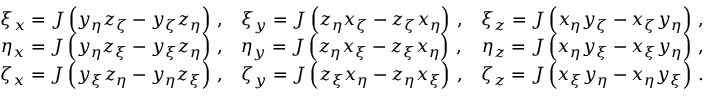
\begin{array} { r l r } { { \xi _ { x } = J \left( y _ { \eta } z _ { \zeta } - y _ { \zeta } z _ { \eta } \right) \, \mathrm { , } } } & { { \xi _ { y } = J \left( z _ { \eta } x _ { \zeta } - z _ { \zeta } x _ { \eta } \right) \, \mathrm { , } } } & { { \xi _ { z } = J \left( x _ { \eta } y _ { \zeta } - x _ { \zeta } y _ { \eta } \right) \, \mathrm { , } } } \\ { { \eta _ { x } = J \left( y _ { \eta } z _ { \xi } - y _ { \xi } z _ { \eta } \right) \, \mathrm { , } } } & { { \eta _ { y } = J \left( z _ { \eta } x _ { \xi } - z _ { \xi } x _ { \eta } \right) \, \mathrm { , } } } & { { \eta _ { z } = J \left( x _ { \eta } y _ { \xi } - x _ { \xi } y _ { \eta } \right) \, \mathrm { , } } } \\ { { \zeta _ { x } = J \left( y _ { \xi } z _ { \eta } - y _ { \eta } z _ { \xi } \right) \, \mathrm { , } } } & { { \zeta _ { y } = J \left( z _ { \xi } x _ { \eta } - z _ { \eta } x _ { \xi } \right) \, \mathrm { , } } } & { { \zeta _ { z } = J \left( x _ { \xi } y _ { \eta } - x _ { \eta } y _ { \xi } \right) \, \mathrm { . } } } \end{array}